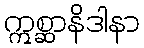
ဣစ္ဆာနိဒါနာ